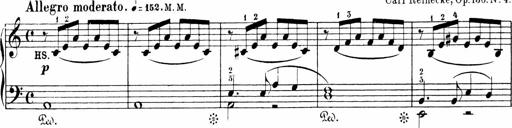
Title: 6 Sonatinas
Composer: Carl Reinecke